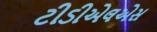
ટીડીએલએસ